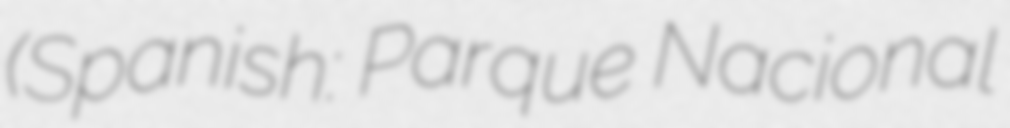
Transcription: (Spanish: Parque Nacional